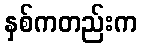
နှစ်ကတည်းက